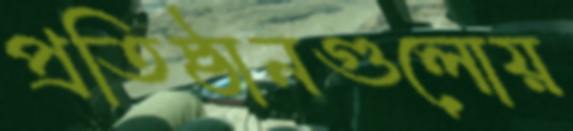
প্রতিষ্ঠানগুলোয়